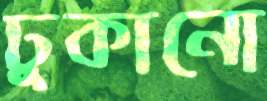
ঢুকানো